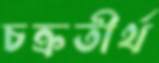
চক্রতীর্থ